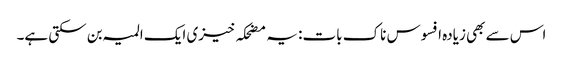
اس سے بھی زیادہ افسوس ناک بات: یہ مضحکہ خیزی ایک المیہ بن سکتی ہے۔